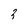
Character: 3